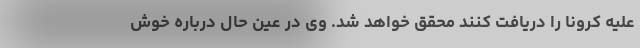
علیه کرونا را دریافت کنند محقق خواهد شد. وی در عین حال درباره خوش